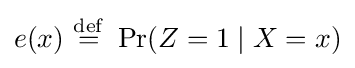
e(x)\ {\stackrel {\mathrm {def} }{=}}\ \Pr(Z=1\mid X=x)